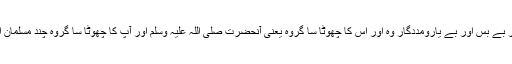
اپنی بالآخر فتح کے یقین سے معمور مگر بظاہر بے بس اور بے یارومددگار وہ اور اس کا چھوٹا سا گروہ یعنی آنحضرت صلی اللہ علیہ وسلم اور آپؐ کا چھوٹا سا گروہ چند مسلمان اس زمانہ میں گویا ایک شیر کے منہ میں تھے۔